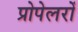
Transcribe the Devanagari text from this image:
प्रोपेलरों